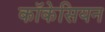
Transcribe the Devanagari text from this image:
कॉकेसियन